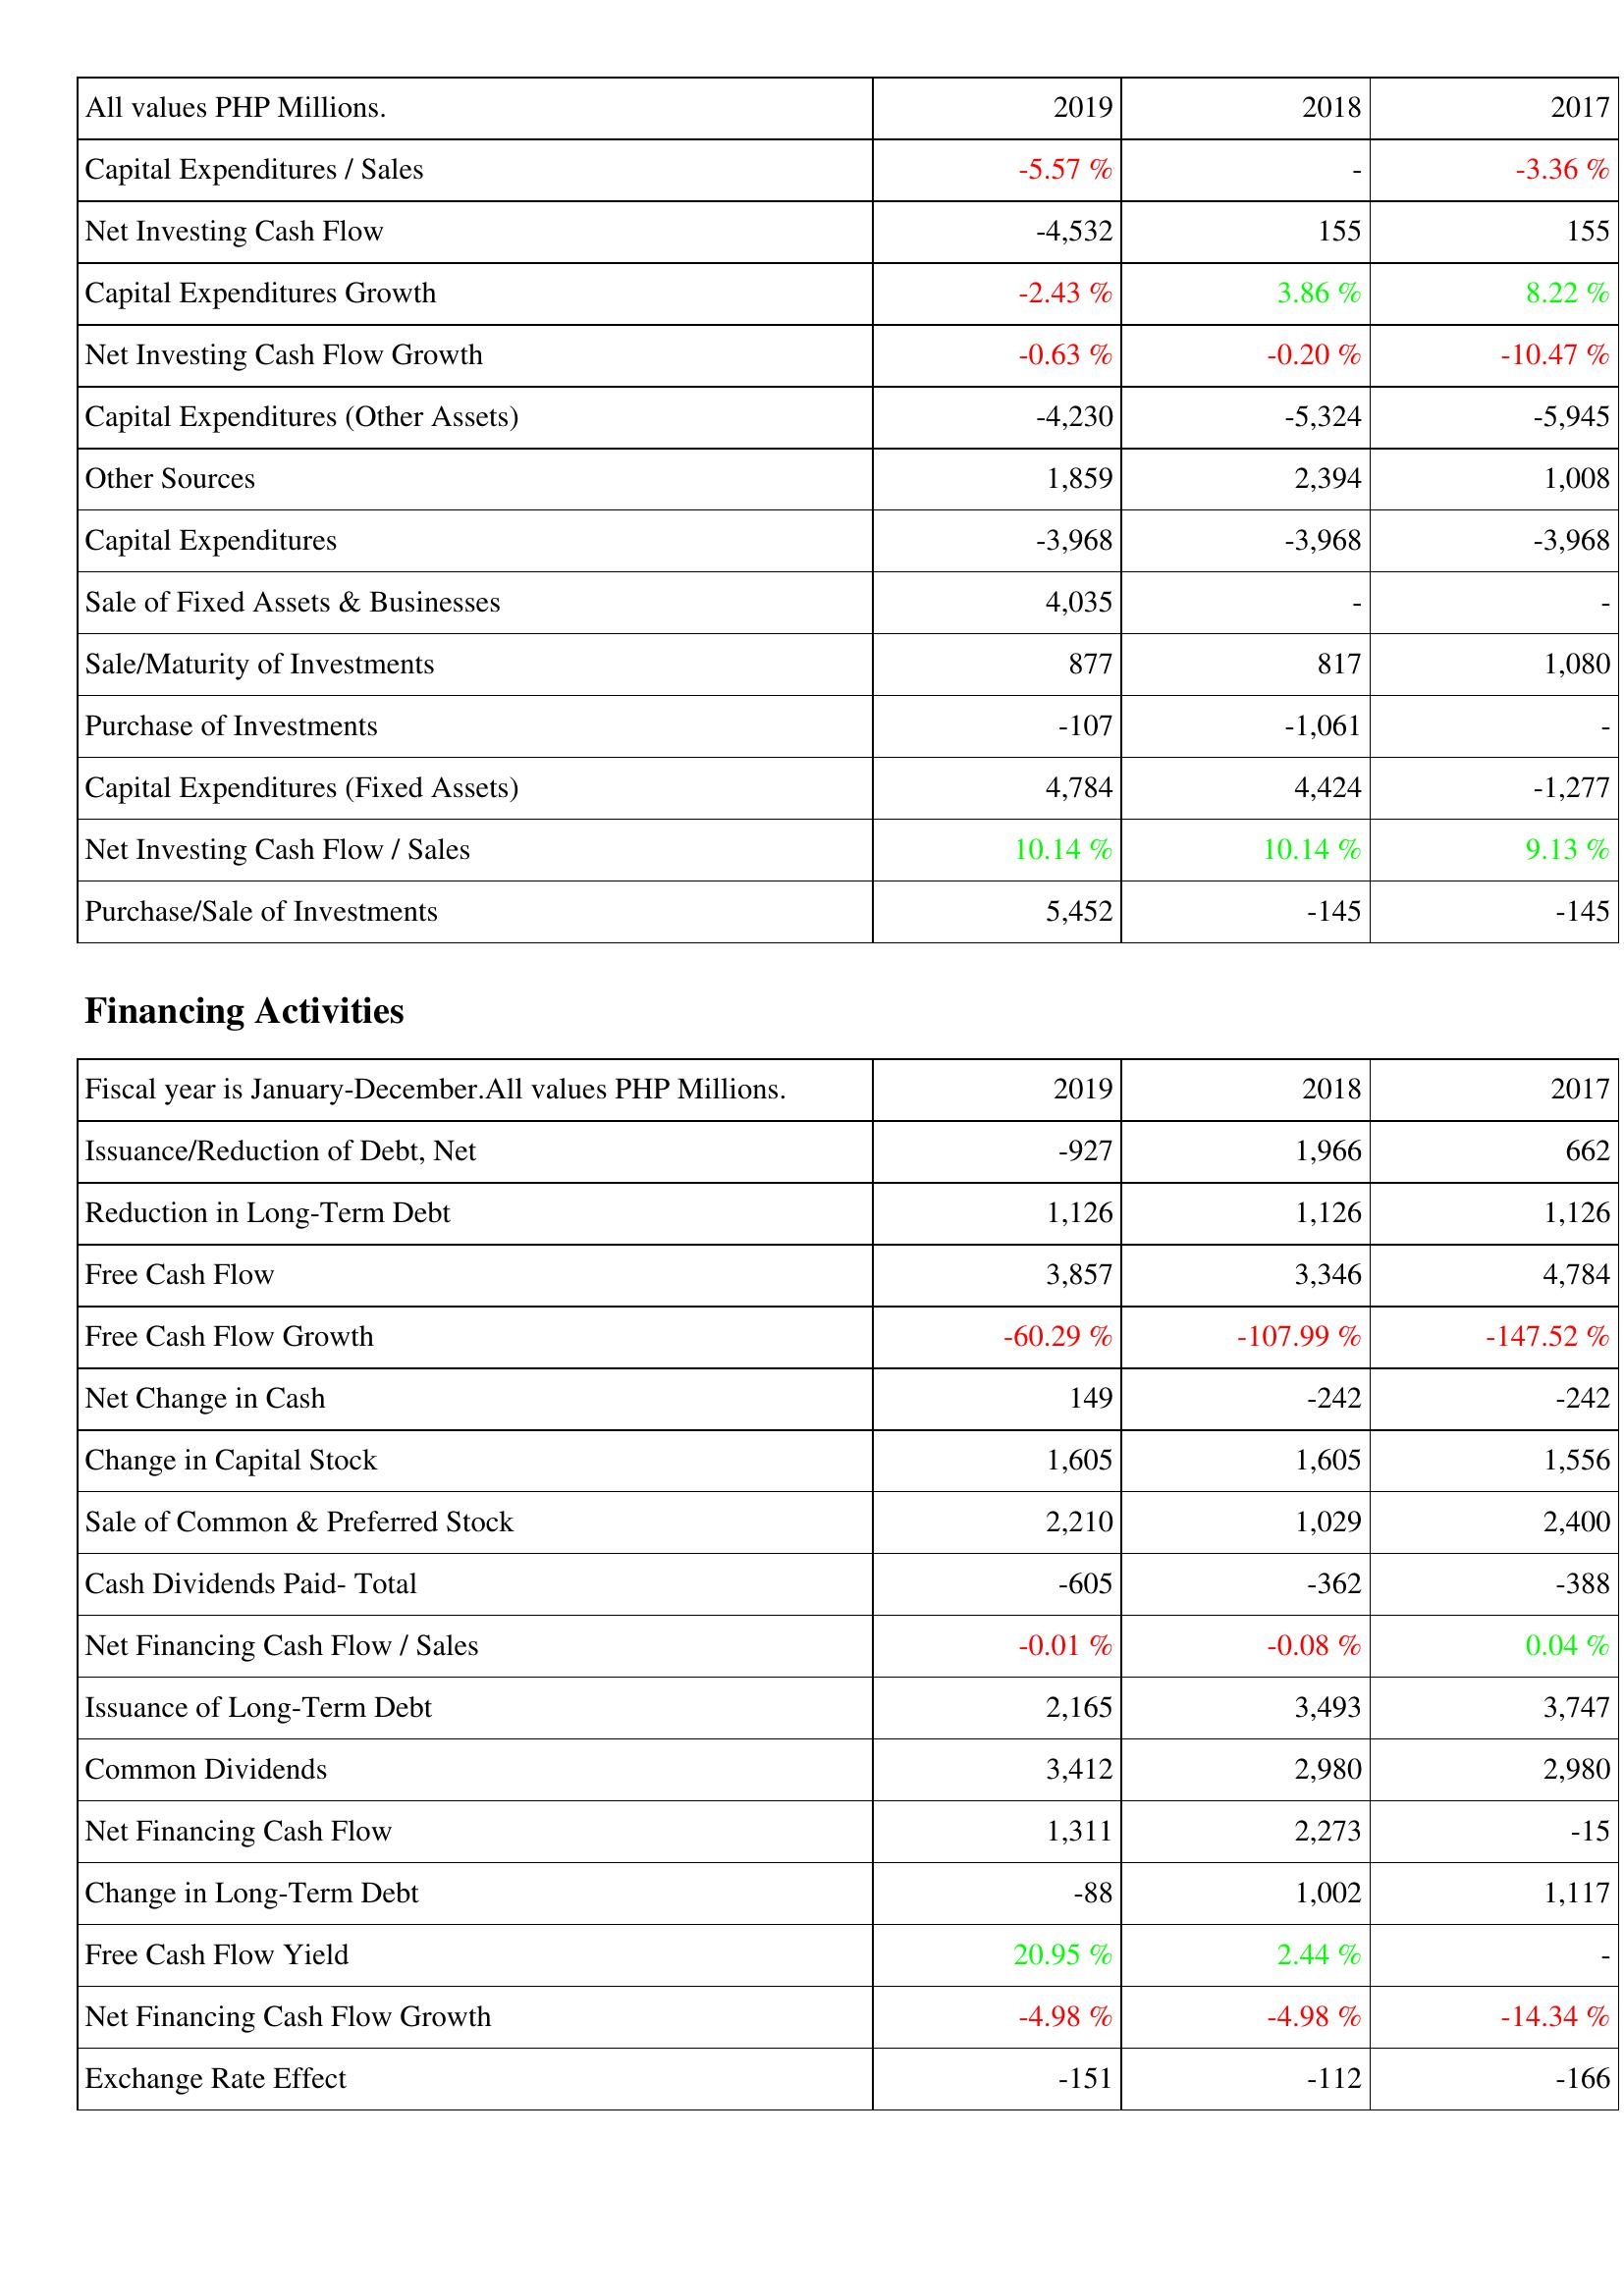
2019: Investing Activities: Capital Expenditures / Sales: -5.57 %
Net Investing Cash Flow: -4,532
Capital Expenditures Growth: -2.43 %
Net Investing Cash Flow Growth: -0.63 %
Capital Expenditures (Other Assets): -4,230
Other Sources: 1,859
Capital Expenditures: -3,968
Sale of Fixed Assets & Businesses: 4,035
Sale/Maturity of Investments: 877
Purchase of Investments: -107
Capital Expenditures (Fixed Assets): 4,784
Net Investing Cash Flow / Sales: 10.14 %
Purchase/Sale of Investments: 5,452
Financing Activities: Issuance/Reduction of Debt, Net: -927
Reduction in Long-Term Debt: 1,126
Free Cash Flow: 3,857
Free Cash Flow Growth: -60.29 %
Net Change in Cash: 149
Change in Capital Stock: 1,605
Sale of Common & Preferred Stock: 2,210
Cash Dividends Paid- Total: -605
Net Financing Cash Flow / Sales: -0.01 %
Issuance of Long-Term Debt: 2,165
Common Dividends: 3,412
Net Financing Cash Flow: 1,311
Change in Long-Term Debt: -88
Free Cash Flow Yield: 20.95 %
Net Financing Cash Flow Growth: -4.98 %
Exchange Rate Effect: -151
2018: Investing Activities: Capital Expenditures / Sales: -
Net Investing Cash Flow: 155
Capital Expenditures Growth: 3.86 %
Net Investing Cash Flow Growth: -0.20 %
Capital Expenditures (Other Assets): -5,324
Other Sources: 2,394
Capital Expenditures: -3,968
Sale of Fixed Assets & Businesses: -
Sale/Maturity of Investments: 817
Purchase of Investments: -1,061
Capital Expenditures (Fixed Assets): 4,424
Net Investing Cash Flow / Sales: 10.14 %
Purchase/Sale of Investments: -145
Financing Activities: Issuance/Reduction of Debt, Net: 1,966
Reduction in Long-Term Debt: 1,126
Free Cash Flow: 3,346
Free Cash Flow Growth: -107.99 %
Net Change in Cash: -242
Change in Capital Stock: 1,605
Sale of Common & Preferred Stock: 1,029
Cash Dividends Paid- Total: -362
Net Financing Cash Flow / Sales: -0.08 %
Issuance of Long-Term Debt: 3,493
Common Dividends: 2,980
Net Financing Cash Flow: 2,273
Change in Long-Term Debt: 1,002
Free Cash Flow Yield: 2.44 %
Net Financing Cash Flow Growth: -4.98 %
Exchange Rate Effect: -112
2017: Investing Activities: Capital Expenditures / Sales: -3.36 %
Net Investing Cash Flow: 155
Capital Expenditures Growth: 8.22 %
Net Investing Cash Flow Growth: -10.47 %
Capital Expenditures (Other Assets): -5,945
Other Sources: 1,008
Capital Expenditures: -3,968
Sale of Fixed Assets & Businesses: -
Sale/Maturity of Investments: 1,080
Purchase of Investments: -
Capital Expenditures (Fixed Assets): -1,277
Net Investing Cash Flow / Sales: 9.13 %
Purchase/Sale of Investments: -145
Financing Activities: Issuance/Reduction of Debt, Net: 662
Reduction in Long-Term Debt: 1,126
Free Cash Flow: 4,784
Free Cash Flow Growth: -147.52 %
Net Change in Cash: -242
Change in Capital Stock: 1,556
Sale of Common & Preferred Stock: 2,400
Cash Dividends Paid- Total: -388
Net Financing Cash Flow / Sales: 0.04 %
Issuance of Long-Term Debt: 3,747
Common Dividends: 2,980
Net Financing Cash Flow: -15
Change in Long-Term Debt: 1,117
Free Cash Flow Yield: -
Net Financing Cash Flow Growth: -14.34 %
Exchange Rate Effect: -166